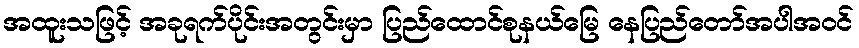
အထူးသဖြင့် အခုရက်ပိုင်းအတွင်းမှာ ပြည်ထောင်စုနယ်မြေ နေပြည်တော်အပါအဝင်